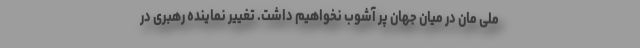
ملی مان در میان جهان پر آشوب نخواهیم داشت. تغییر نماینده رهبری در